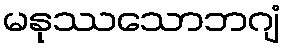
မနုဿသောဘဂျံ